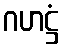
ဂဟဋ္ဌံ